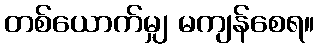
တစ်ယောက်မျှ မကျန်စေရ။